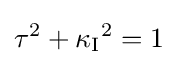
\tau ^{2}+{\kappa _{\mathrm {I} }}^{2}=1\